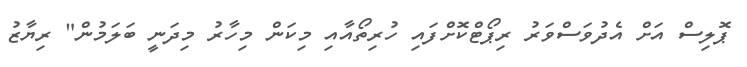
ޕޮލިސް އަށް އެދުވަސްވަރު ރިޕޯޓްކޮށްފައި ހުރިތޯއާއި މިކަން މިހާރު މިދަނީ ބަލަމުން" ރިޔާޒު